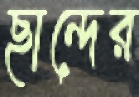
ছান্দের